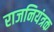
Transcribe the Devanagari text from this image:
राजनियंत्रक